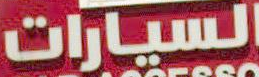
السيارات